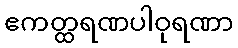
ဧကတ္ထရဏပါဝုရဏာ